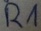
Text: R1